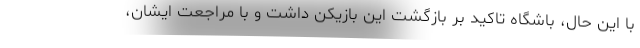
با این حال، باشگاه تاکید بر بازگشت این بازیکن داشت و با مراجعت ایشان،